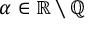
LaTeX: \; \alpha \in \mathbb { R } \smallsetminus \mathbb { Q }